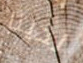
لدينا